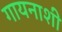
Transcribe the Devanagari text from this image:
गायनाशी